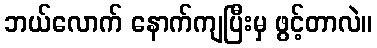
ဘယ်လောက် နောက်ကျပြီးမှ ဖွင့်တာလဲ။